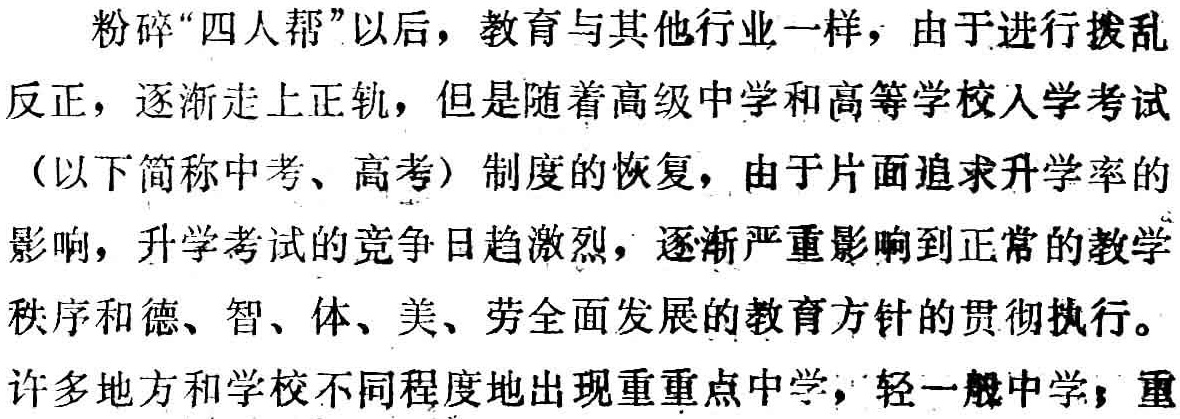
粉碎“四人帮”以后，教育与其他行业一样，由于进行拨乱反正，逐渐走上正轨，但是随着高级中学和高等学校入学考试（以下简称中考、高考）制度的恢复，由于片面追求升学率的影响，升学考试的竞争日趋激烈，逐渐严重影响到正常的教学秩序和德、智、体、美、劳全面发展的教育方针的贯彻执行。许多地方和学校不同程度地出现重重点中学，轻一般中学；重